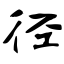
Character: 径